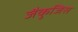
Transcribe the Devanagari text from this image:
जैकुजिस